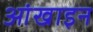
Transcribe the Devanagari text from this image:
आंखाइन